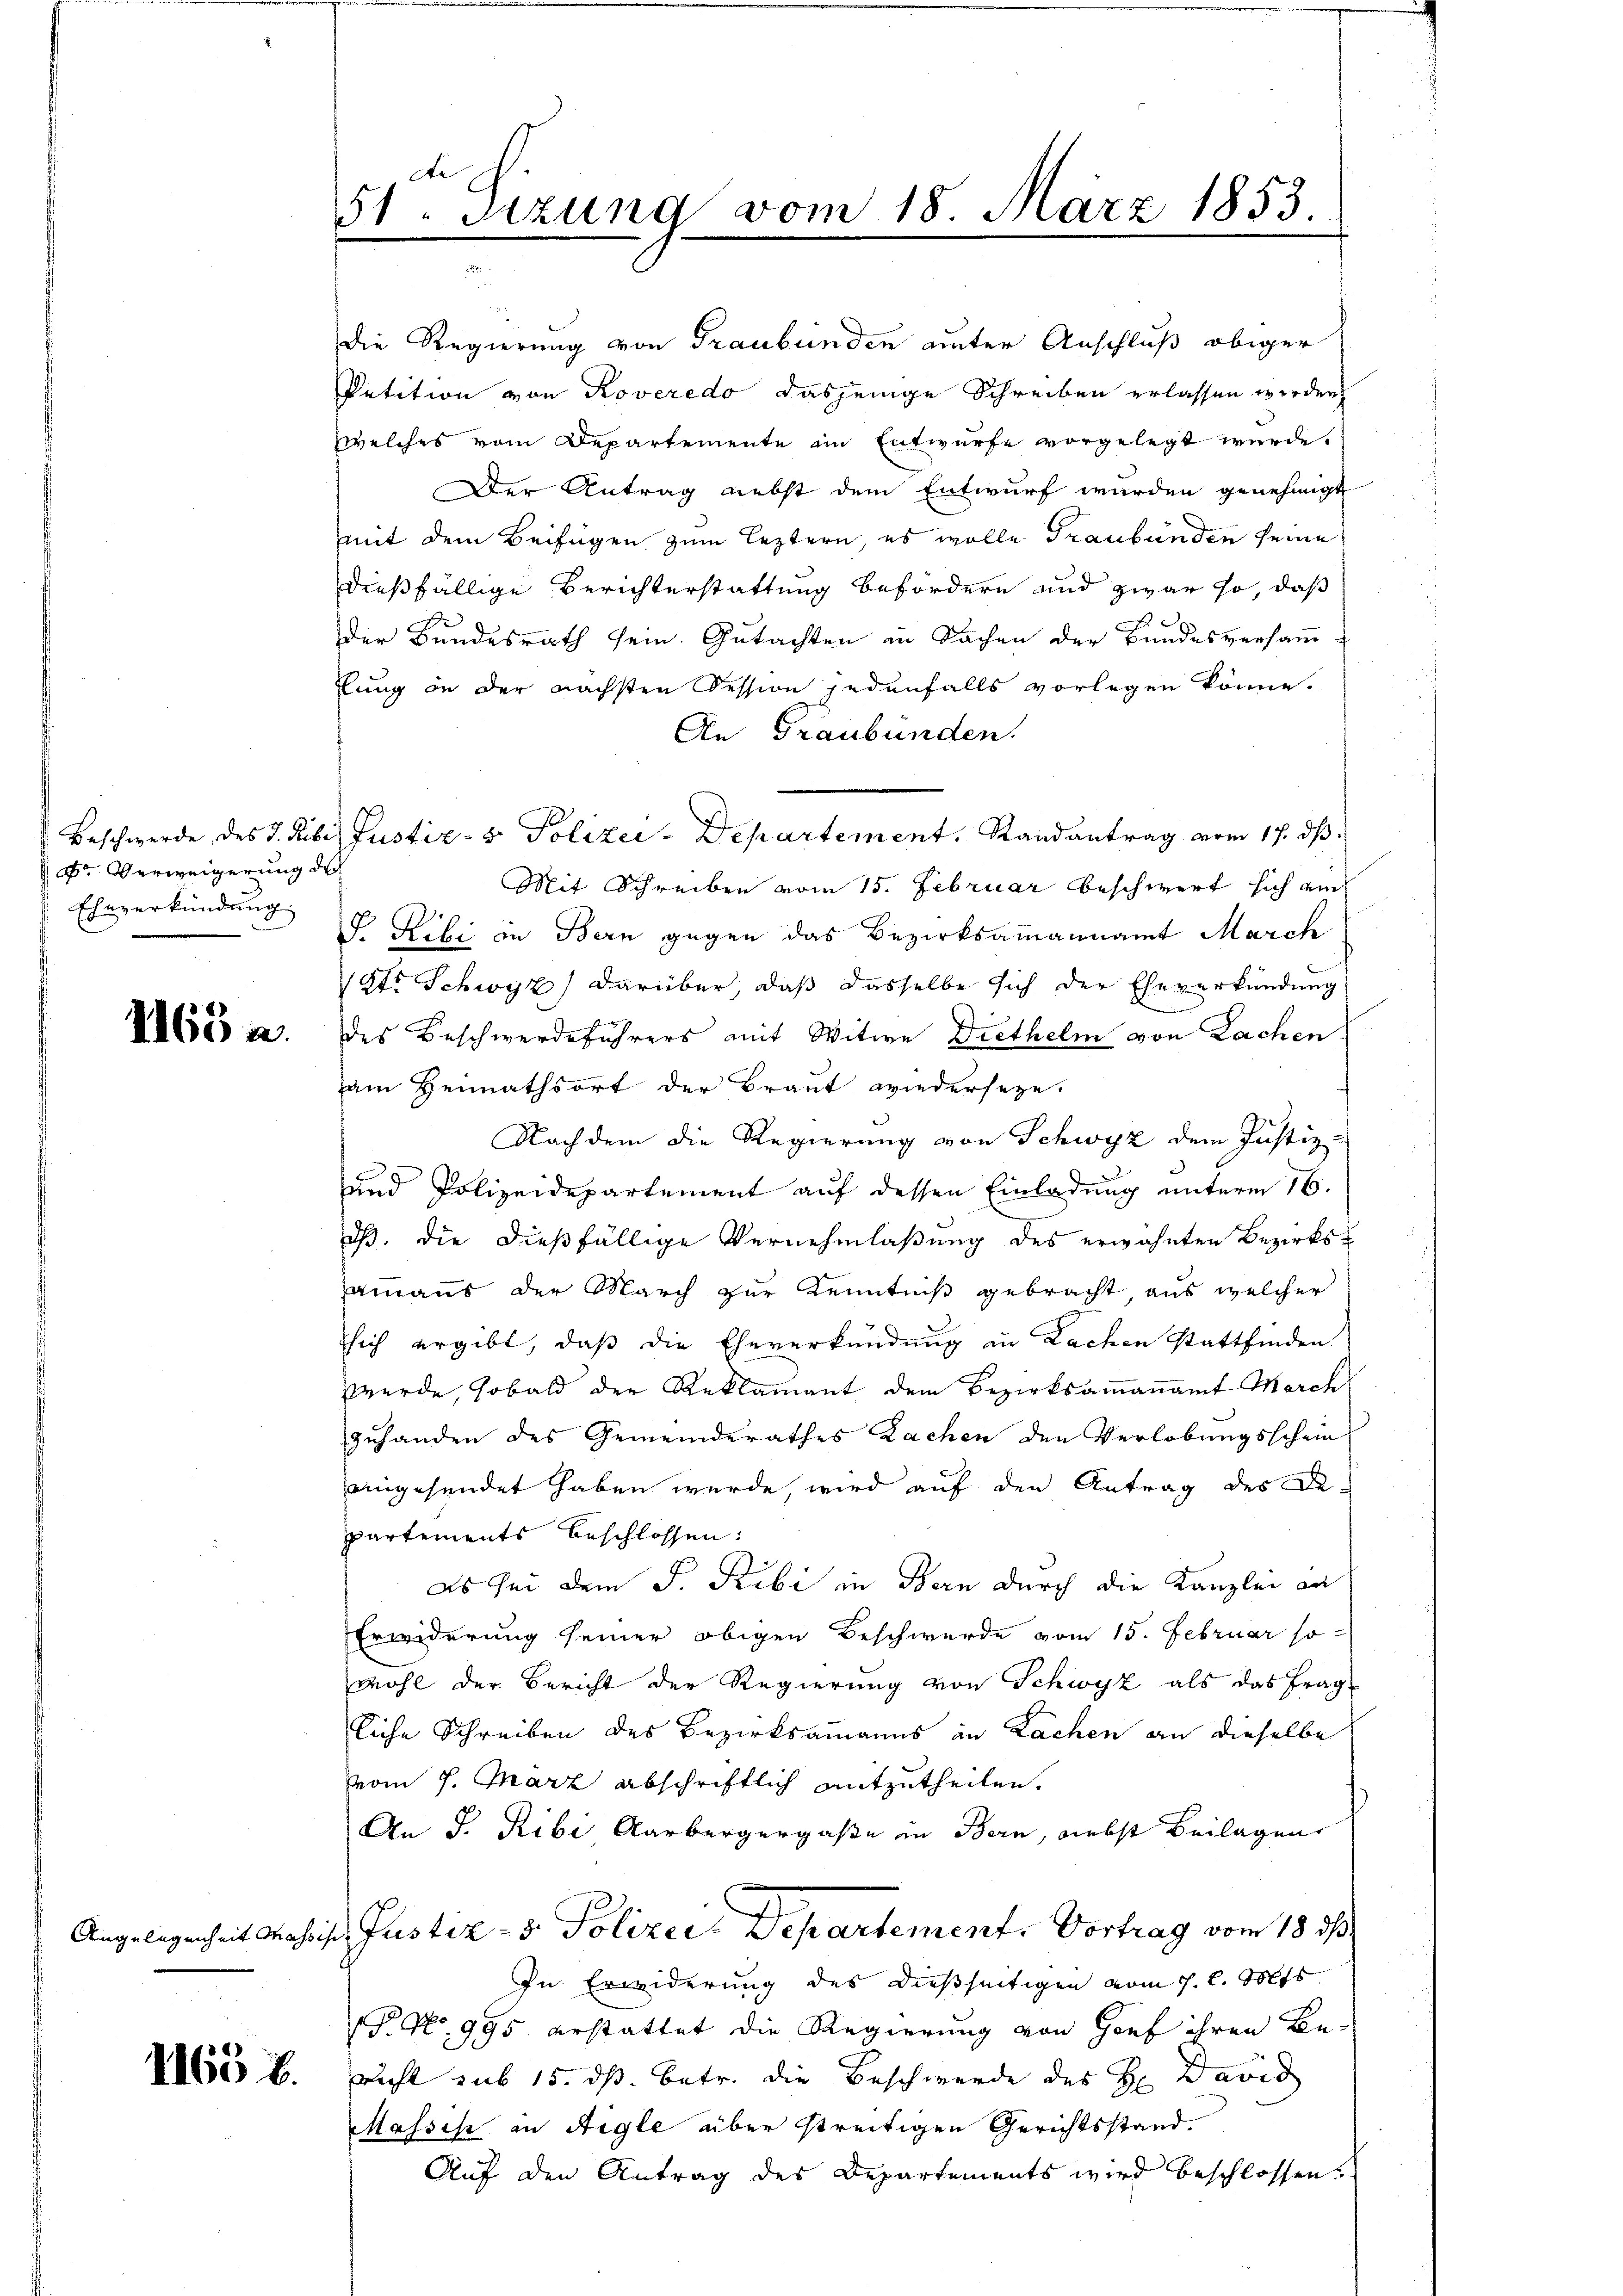
Dr. Verweigerung des
Eheverkündung

1168 a.

1165 f.

de
51. Sizung vom 18. März 1853.

die Regierung von Graubünden unter Anschluß obiger
Petition von Koveredo dasjenige Schreiben erlassen werden
zwelches vom Departemente im Entwurfe vorgelegt wurde.
Der Antrag nebst dem Entwurf wurden genehmigt
mit dem Beifügen zum leztern, es wolle Graubünden seine
dießfällige Berichterstattung befördern und zwar so, daß
der Bundesrath sein. Gutachten in Sachen der Bundesversamm
Elung in der nächsten Session jedenfalls vorlegen könne.
An Graubünden.
Mit Schreiben vom 15. Februar beschwert sich ei
S. Ribi in Bern gegen das Bezirksammannamt March
1Str. Schwyz) darüber, daß dasselbe sich der Eheverkündung
des Beschwerdeführers mit Witwe Diethelm von Lachen
am Heimathsort der Braut wiederseze.
Nachdem die Regierung von Schwyz dem Justiz-
und Polizeidepartement auf dessen Einladung unterm 16.
dß. die dießfällige Vernehmlaßung des erwähnten Bezirksainaus der March zur Kenntniß gebracht, aus welcher
Tsich ergibt, daß die Eheverkündung in Lachen stattfinden
werde, sobald der Reklamant dem Bezirksammannamt March
zuhanden des Gemeinderathes Zachen den Verlobungsschein
eingesendet haben wurde, wird auf den Antrag des De-
partements beschlossen:
as bei dem J. Ribi in Bern durch die Kanzlei an
Erwiderung seiner obigen Beschwerde vom 15. Februar so-
wohl der Bericht der Regierung von Schwyz als das Frag
liche Schreiben des Bezirksamanns in Lachen an dieselbe
vom 7. März abschriftlich mitzutheilen.
An J. Ribi Aarbergergaße in Bern, nebst Beilagen
Angelegenheit passis Justiz- & Polizei Departement. Vortrag vom 18. ds
In Erwiderung des dießseitigen vom 1. l. Mts.
P. No. 995 erstattet die Regierung von Horf ihren Bewicht sub 15. ds. betr. die Beschwerde des H. David
Massis in Aigle über streitigen Gerichtsstand.
Auf den Antrag des Departements wird beschlossen.

Beschwerde des J. Ribis Justiz- & Polizei-Departement. Randantrag vom 17. ds.